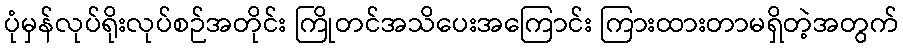
ပုံမှန်လုပ်ရိုးလုပ်စဉ်အတိုင်း ကြိုတင်အသိပေးအကြောင်း ကြားထားတာမရှိတဲ့အတွက်